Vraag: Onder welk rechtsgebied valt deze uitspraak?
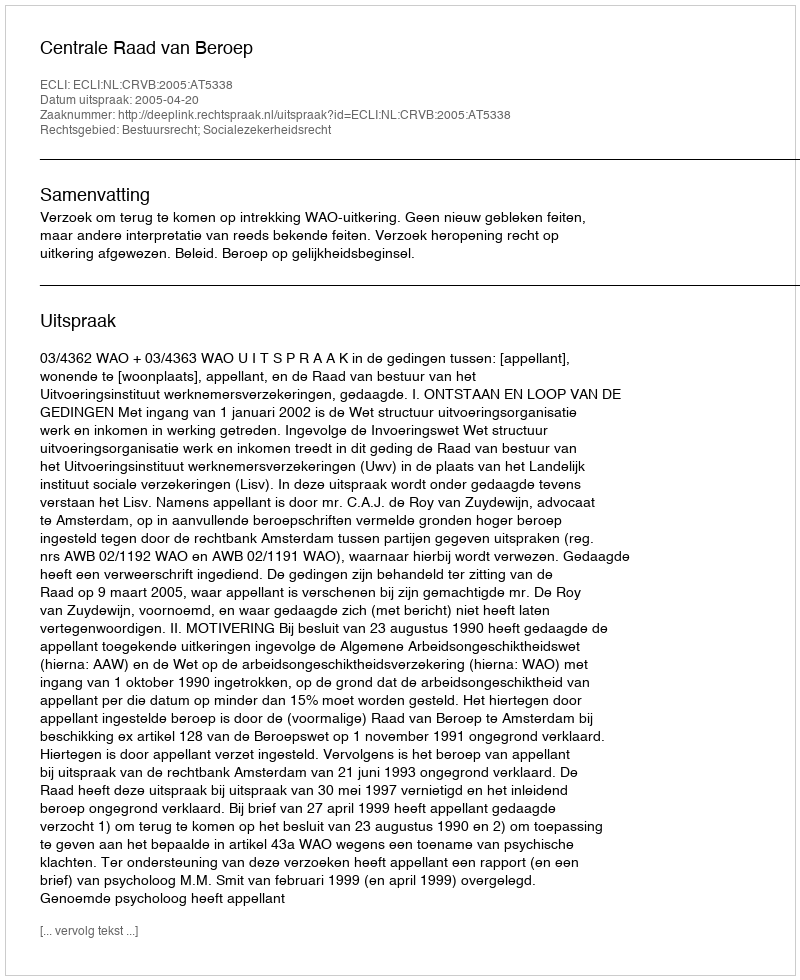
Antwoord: Bestuursrecht; Socialezekerheidsrecht